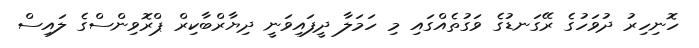
ހޮނިހިރު ދުވަހުގެ ރޭގަނޑުގެ ވަގުތެއްގައި މި ހަމަލާ ދީފައިވަނީ ދިޔާރްބާކިރް ޕްރޮވިންސްގެ ލައިސް